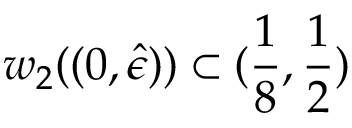
w _ { 2 } ( ( 0 , \hat { \epsilon } ) ) \subset ( \frac { 1 } { 8 } , \frac { 1 } { 2 } )